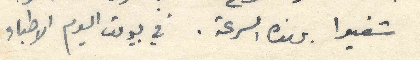
شفيوا بهذه السرعة. في بيروت اليوم الاطباء